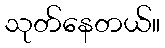
သုတ်နေတယ်။